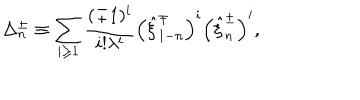
\Delta _ { n } ^ { \pm } \equiv \sum _ { i \geq 1 } ^ { } \frac { ( \mp 1 ) ^ { i } } { i ! \lambda ^ { i } } \left( \hat { \xi } _ { 1 - n } ^ { \mp } \right) ^ { i } \left( \hat { \xi } _ { n } ^ { \pm } \right) ^ { i } ,